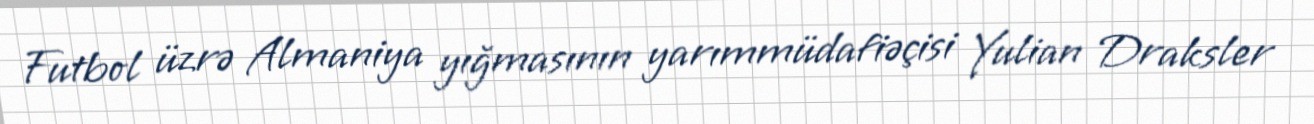
Futbol üzrə Almaniya yığmasının yarımmüdafiəçisi Yulian Draksler